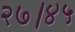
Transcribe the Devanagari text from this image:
२७।४५